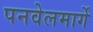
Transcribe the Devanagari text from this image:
पनवेलमार्गे